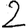
Digit: 2